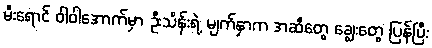
မီးရောင် ဝါဝါအောက်မှာ ဦးသိန်းရဲ့ မျက်နှာက အဆီတွေ ချွေးတွေ ပြန်ပြီး